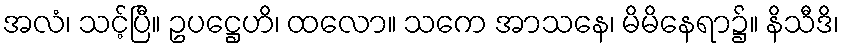
အလံ၊ သင့်ပြီ။ ဥပဋ္ဌေဟိ၊ ထလော။ သကေ အာသနေ၊ မိမိနေရာ၌။ နိသီဒိ၊